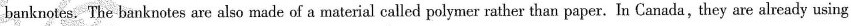
banknotes.The banknotes are also made of a material called polymer rather than paper.In Canada,they are already using